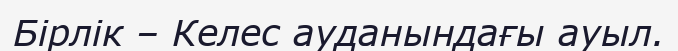
Бірлік – Келес ауданындағы ауыл.